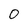
Character: 0